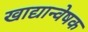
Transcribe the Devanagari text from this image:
खाद्यान्वेषक